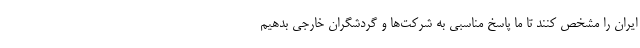
ایران را مشخص کنند تا ما پاسخ مناسبی به شرکت‌ها و گردشگران خارجی بدهیم